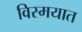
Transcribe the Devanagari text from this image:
विस्मयात